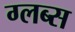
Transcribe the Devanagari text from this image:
ग्लब्स